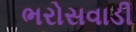
ભરોસવાડી